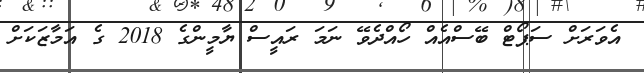
އެވަރަށް ސަޕޯޓް ބޭސްއެއް ހޯއްދެވޭ ނަމަ ރައީސް ޔާމީންގެ 2018 ގެ އަމާޒަކަށް